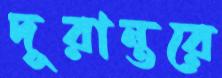
দূরান্তরে